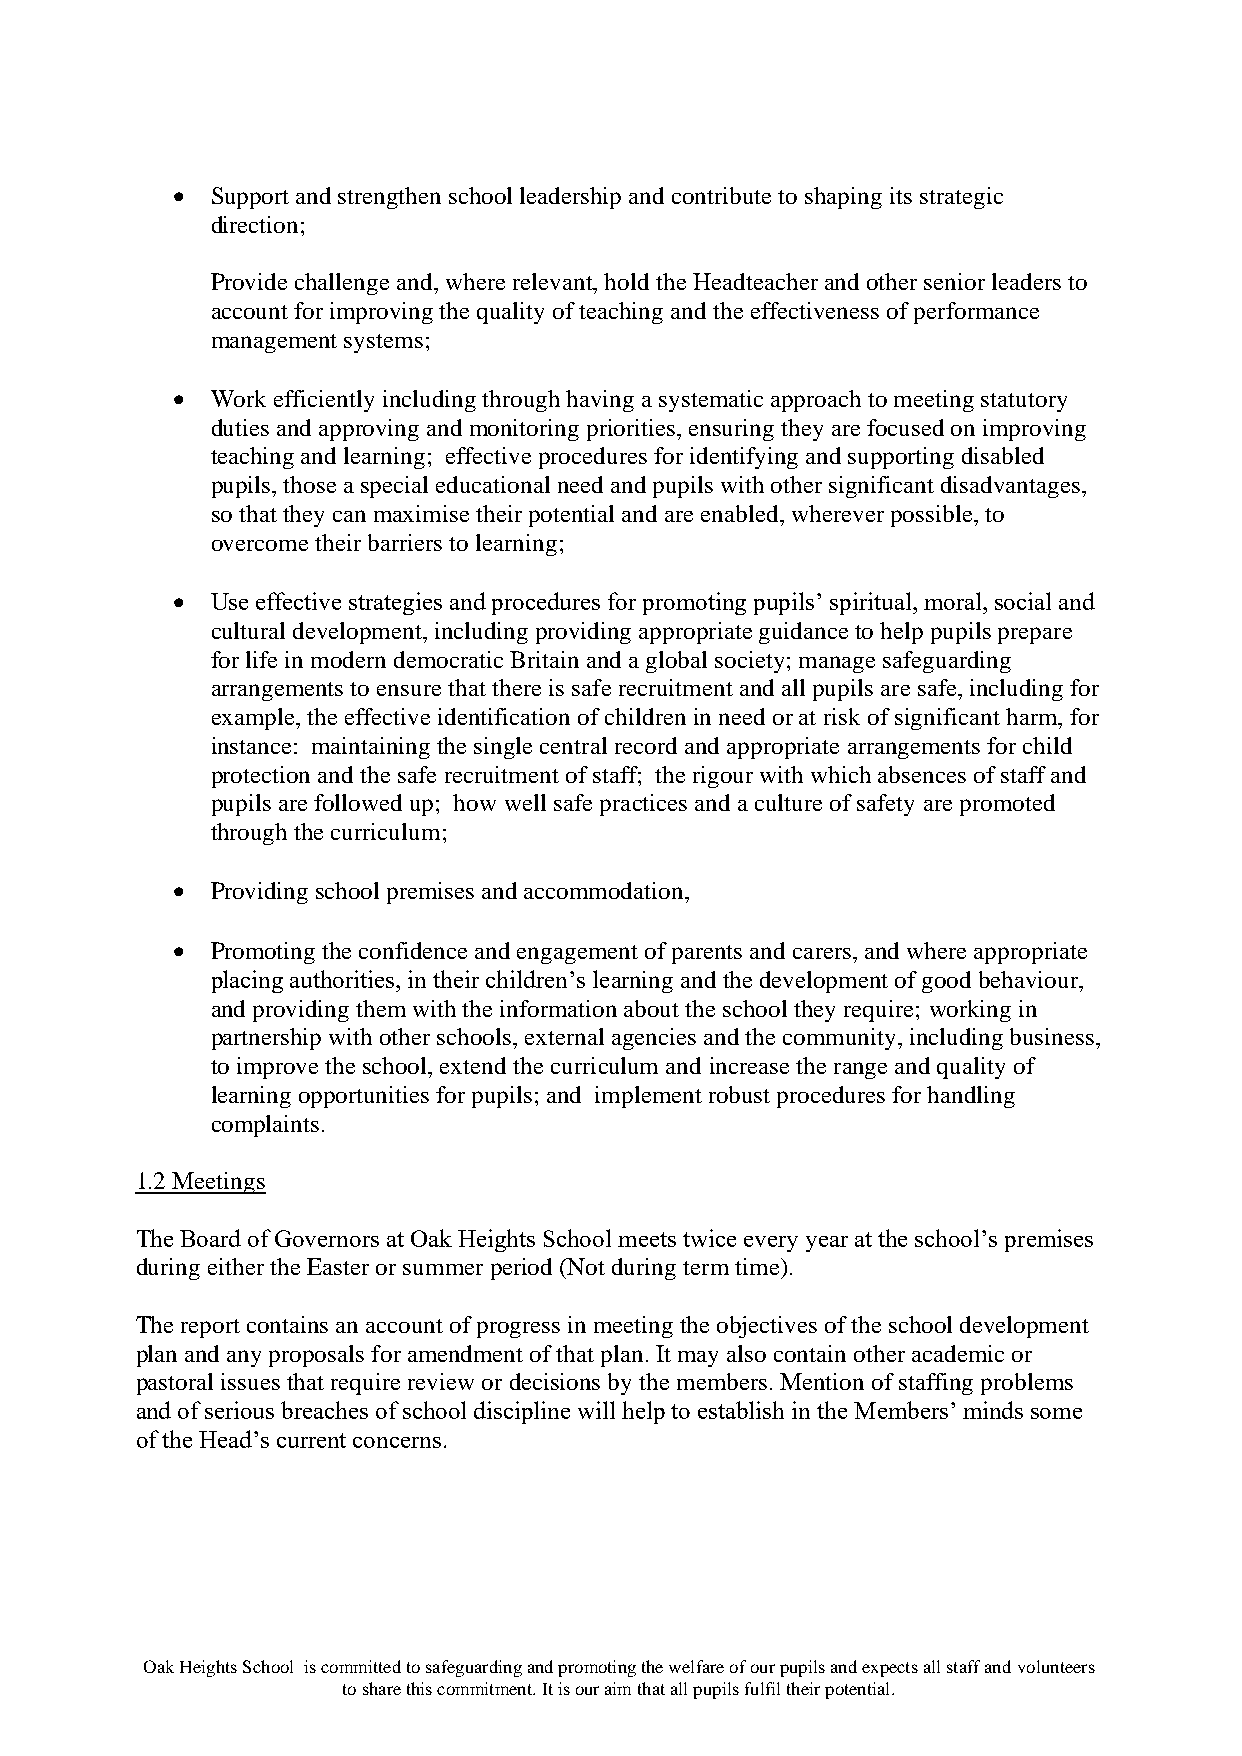
•  Support and strengthen school leadership and contribute to shaping its strategic
 direction;
 Provide challenge and, where relevant, hold the Headteacher and other senior leaders to
 account for improving the quality of teaching and the effectiveness of performance
 management systems;
 •  Work efficiently including through having a systematic approach to meeting statutory
 duties and approving and monitoring priorities, ensuring they are focused on improving
 teaching and learning; effective procedures for identifying and supporting disabled
 pupils, those a special educational need and pupils with other significant disadvantages,
 so that they can maximise their potential and are enabled, wherever possible, to
 overcome their barriers to learning;
 •  Use effective strategies and procedures for promoting pupils’ spiritual, moral, social and
 cultural development, including providing appropriate guidance to help pupils prepare
 for life in modern democratic Britain and a global society; manage safeguarding
 arrangements to ensure that there is safe recruitment and all pupils are safe, including for
 example, the effective identification of children in need or at risk of significant harm, for
 instance: maintaining the single central record and appropriate arrangements for child
 protection and the safe recruitment of staff; the rigour with which absences of staff and
 pupils are followed up; how well safe practices and a culture of safety are promoted
 through the curriculum;
 •  Providing school premises and accommodation,
 •  Promoting the confidence and engagement of parents and carers, and where appropriate
 placing authorities, in their children’s learning and the development of good behaviour,
 and providing them with the information about the school they require; working in
 partnership with other schools, external agencies and the community, including business,
 to improve the school, extend the curriculum and increase the range and quality of
 learning opportunities for pupils; and implement robust procedures for handling
 complaints.
 1.2 Meetings
 The Board of Governors at Oak Heights School meets twice every year at the school’s premises
 during either the Easter or summer period (Not during term time).
 The report contains an account of progress in meeting the objectives of the school development
 plan and any proposals for amendment of that plan. It may also contain other academic or
 pastoral issues that require review or decisions by the members. Mention of staffing problems
 and of serious breaches of school discipline will help to establish in the Members’ minds some
 of the Head’s current concerns.
 Oak Heights School is committed to safeguarding and promoting the welfare of our pupils and expects all staff and volunteers
 to share this commitment. It is our aim that all pupils fulfil their potential.